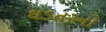
ઘડતરનો